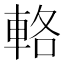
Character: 輅